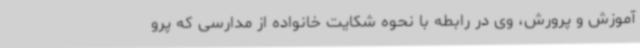
آموزش و پرورش، وی در رابطه با نحوه شکایت خانواده از مدارسی که پرو